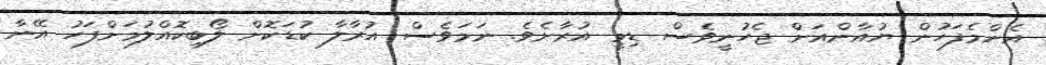
އެންމެފަހުން ޔުއާންއަށް ޖެހުނީވެސް ޑިމީ އުރާށެވެ. ނަމަވެސް އުރާލާ ކުޑަކޮށް ލޯބިކޮއްލުމަށްފަހު އޭނާ